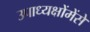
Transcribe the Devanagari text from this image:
उपाध्यक्षोंमेंसे